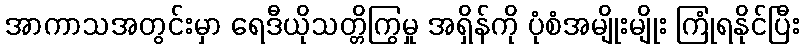
အာကာသအတွင်းမှာ ရေဒီယိုသတ္တိကြွမှု အရှိန်ကို ပုံစံအမျိုးမျိုး ကြုံရနိုင်ပြီး